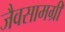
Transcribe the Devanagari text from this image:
जैवसामग्री